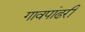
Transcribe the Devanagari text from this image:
गावपांढरी